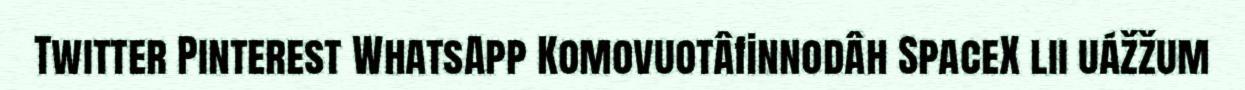
Twitter Pinterest WhatsApp Komovuotâfinnodâh SpaceX lii uážžum